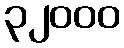
၃၂၀၀၀